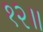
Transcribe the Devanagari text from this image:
१२॥